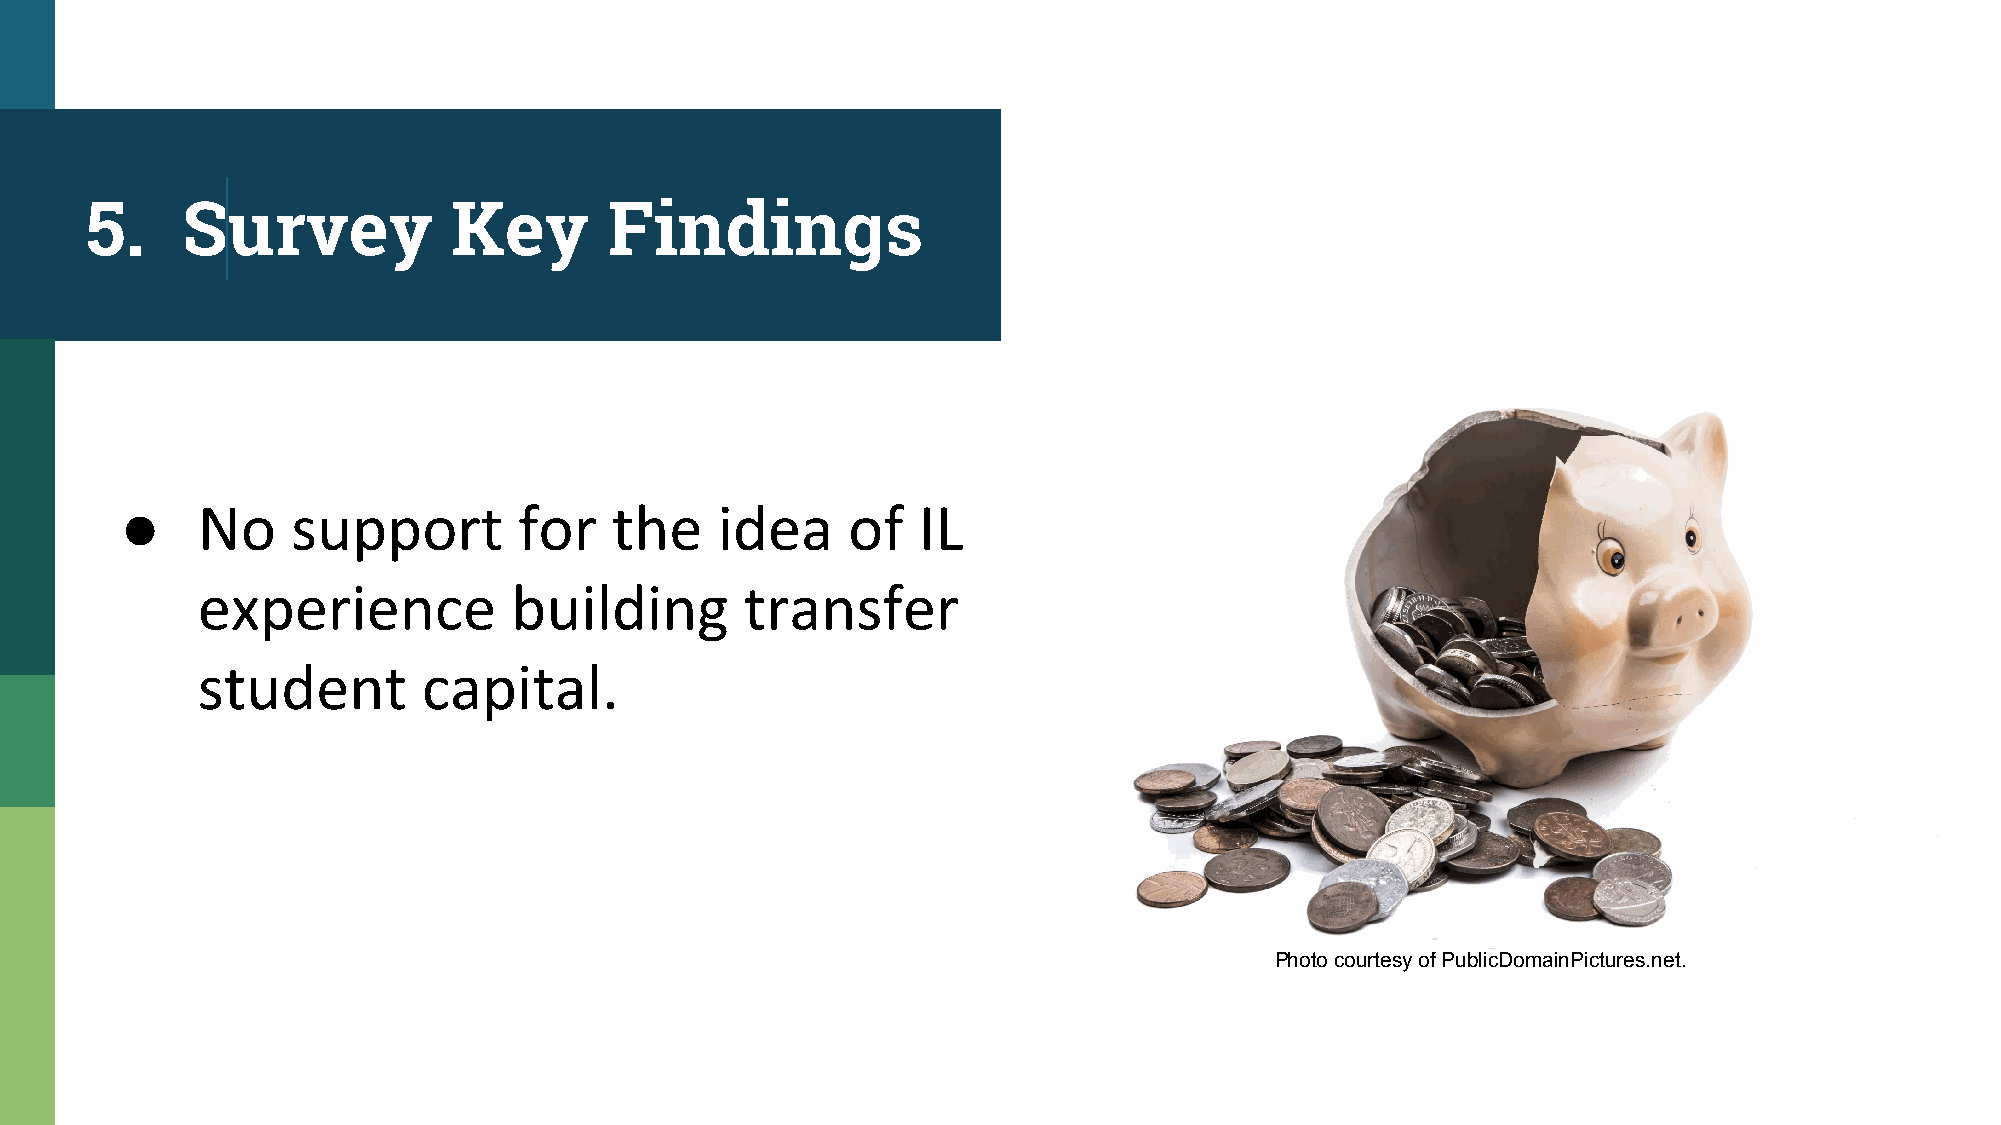
5.    Survey            Key       Findings
 ●
 Photo courtesy of PublicDomainPictures.net.